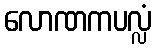
လောဏကပလ္လံ